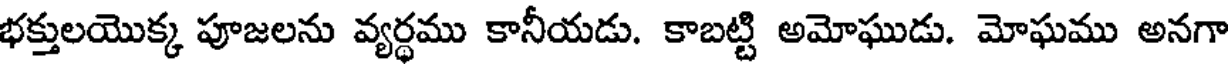
భక్తులయొక్క పూజలను వ్యర్ధము కానీయడు. కాబట్టి అమోఘుడు. మోఘము అనగా